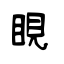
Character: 睍